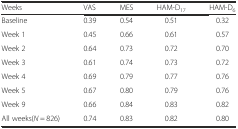
| Weeks | VAS | MES | HAM-D17 | HAM-D6 |
 | --- | --- | --- | --- | --- |
 | Baseline | 0.39 | 0.54 | 0.51 | 0.32 |
 | Week 1 | 0.45 | 0.66 | 0.61 | 0.57 |
 | Week 2 | 0.64 | 0.73 | 0.72 | 0.70 |
 | Week 3 | 0.61 | 0.74 | 0.73 | 0.72 |
 | Week 4 | 0.69 | 0.79 | 0.77 | 0.76 |
 | Week 5 | 0.67 | 0.80 | 0.79 | 0.76 |
 | Week 9 | 0.66 | 0.84 | 0.83 | 0.82 |
 | All weeks(N = 826) | 0.74 | 0.83 | 0.82 | 0.80 |